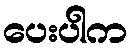
ပေးပါက